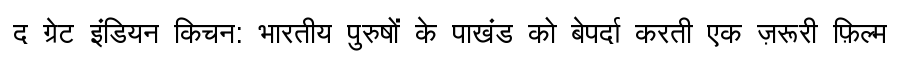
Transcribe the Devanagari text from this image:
द ग्रेट इंडियन किचन: भारतीय पुरुषों के पाखंड को बेपर्दा करती एक ज़रूरी फ़िल्म